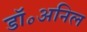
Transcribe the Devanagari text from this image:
डॉ॰अनिल